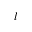
l